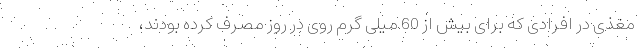
مغذی در افرادی که برای بیش از 60 میلی گرم روی در روز مصرف کرده بودند،